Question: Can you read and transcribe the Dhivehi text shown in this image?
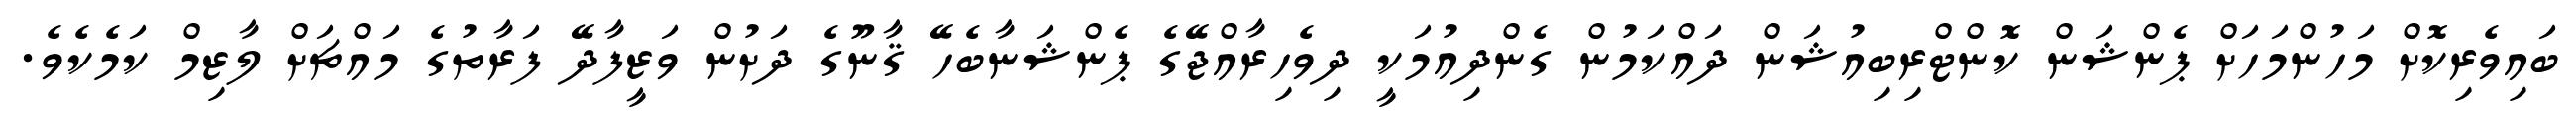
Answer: ބައިވެރިކޮށް މަހުންމަހަށް ޕެންޝަން ކޮންޓްރިބިއުޝަން ދައްކަމުން ގެންދިއުމަކީ ދިވެހިރާއްޖޭގެ ޕެންޝަނާބެހޭ ޤާނޫގެ ދަށުން ވަޒީފާދޭ ފަރާތުގެ މައްޗަށް ލާޒިމް ކަމެކެވެ.